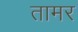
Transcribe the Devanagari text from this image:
तामर